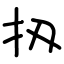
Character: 扨